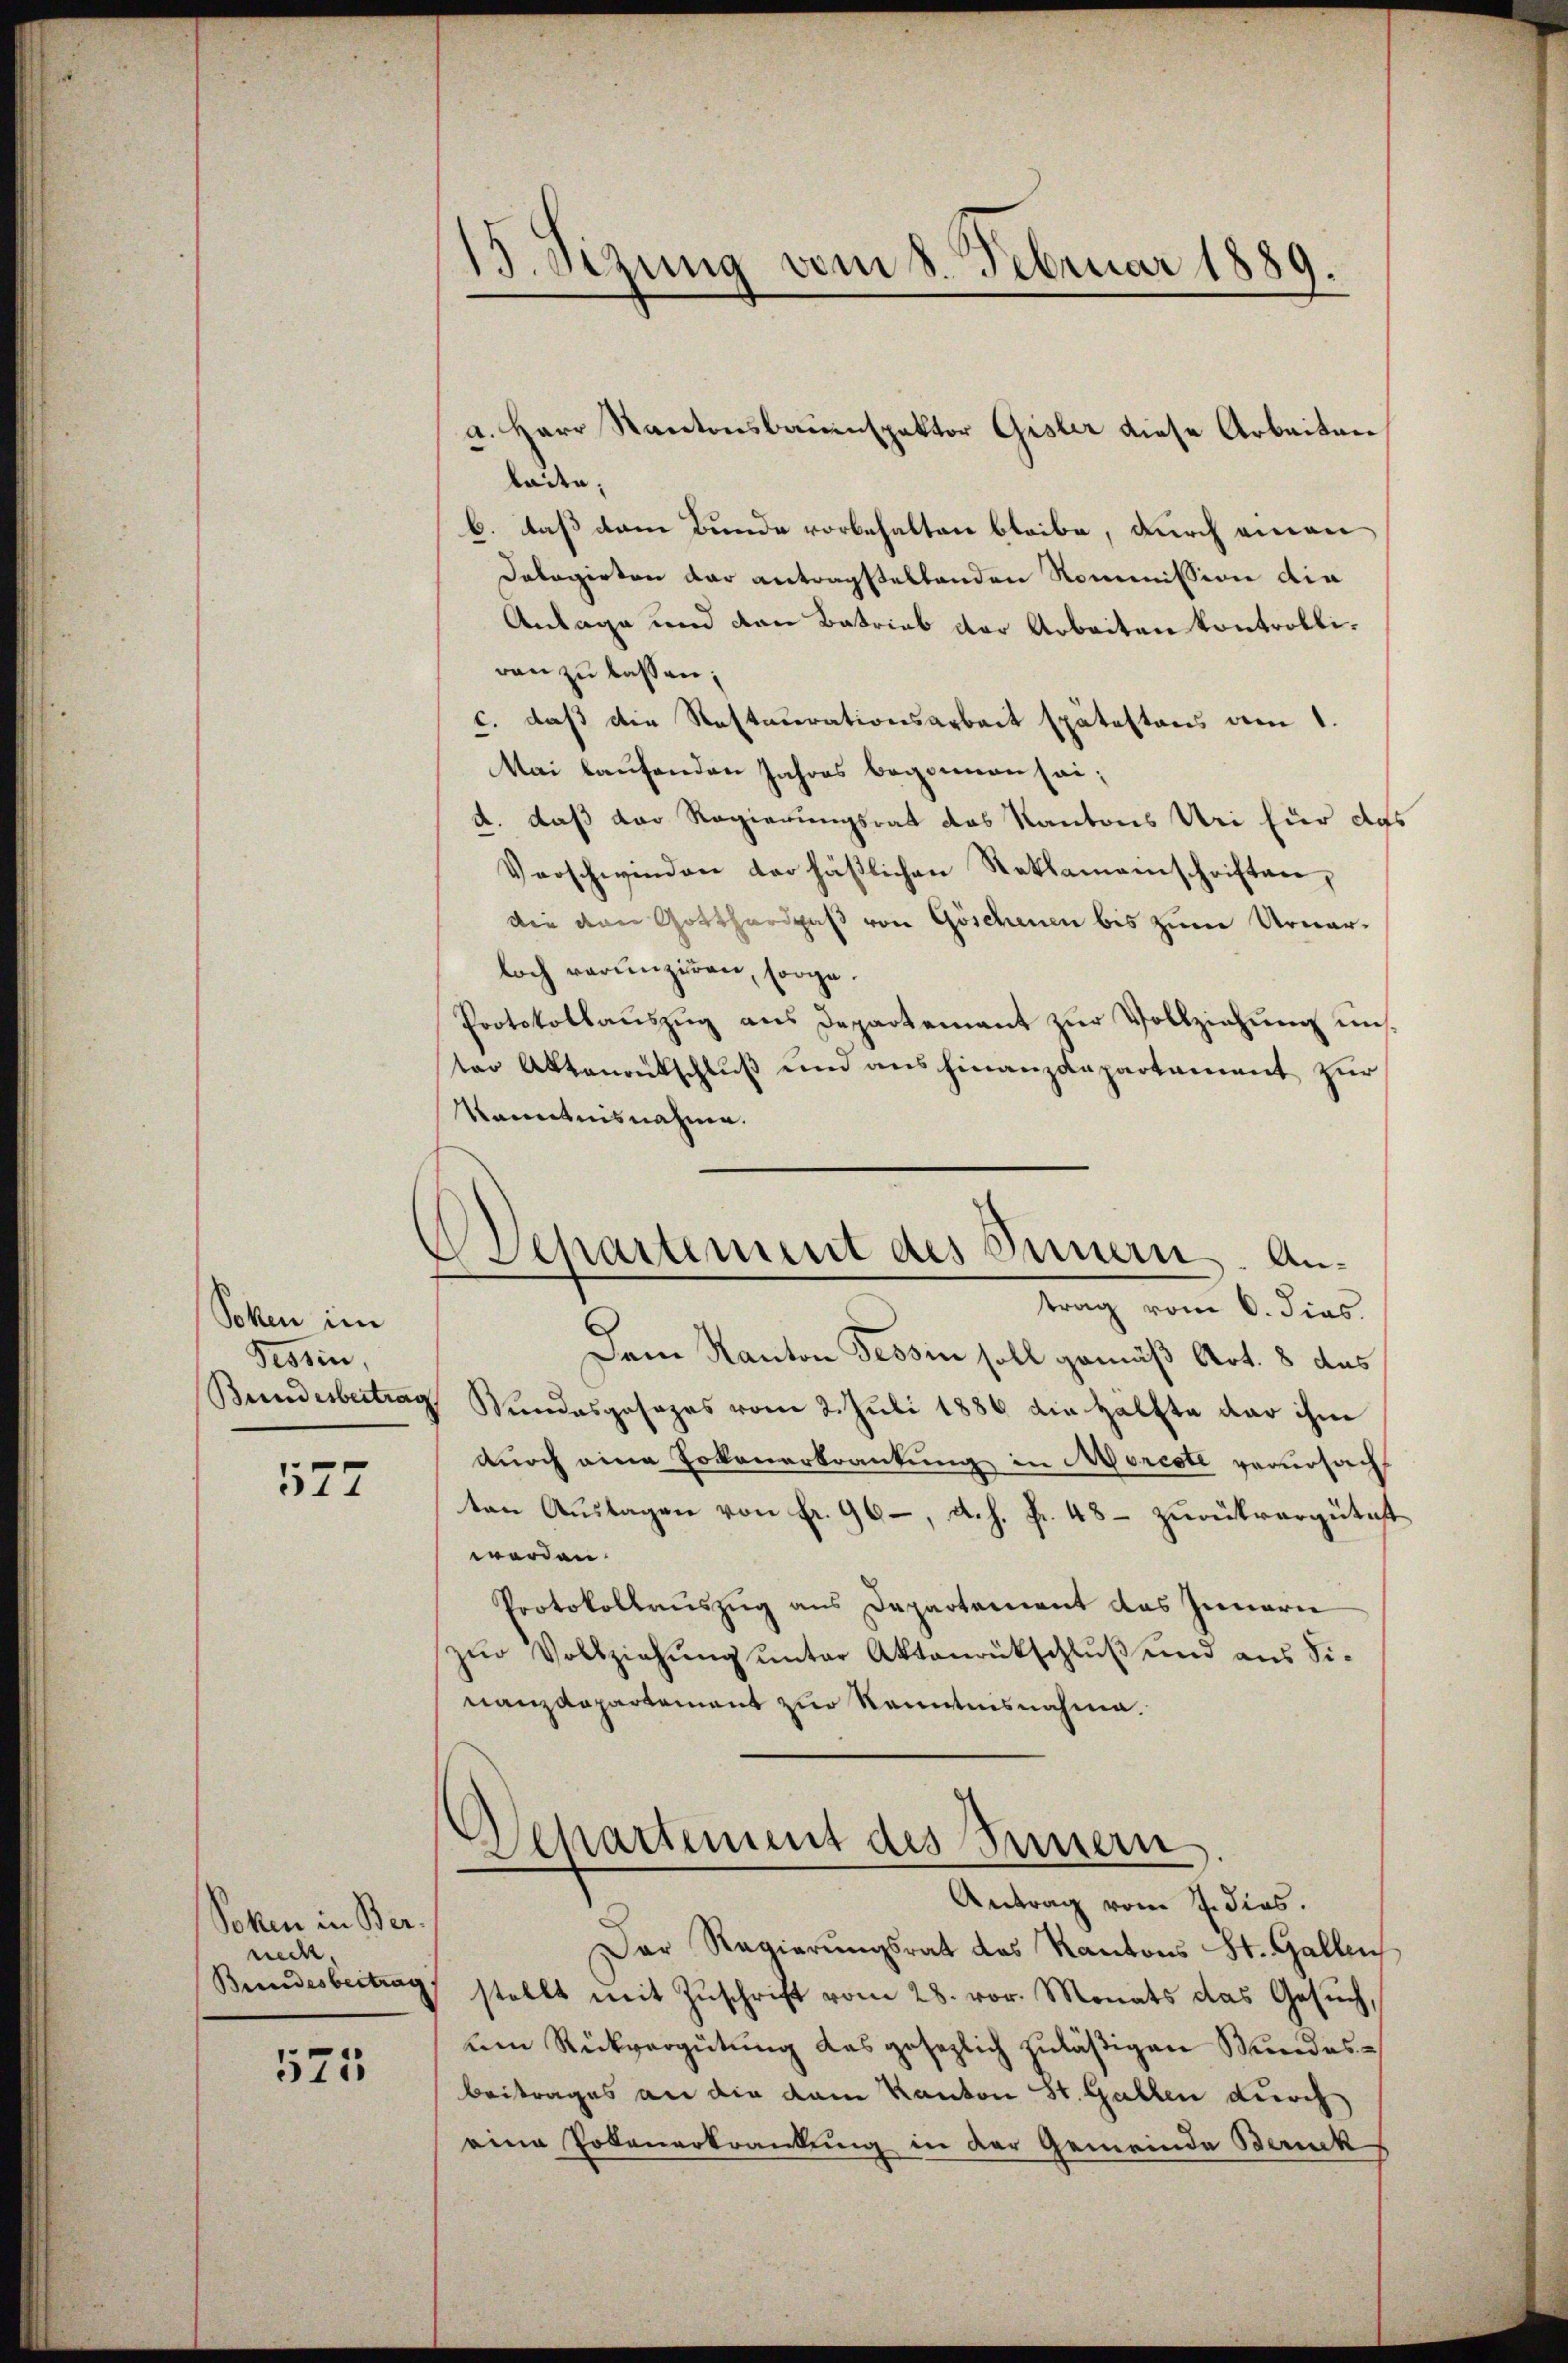
Soken im
Tessin,
Bundesbertrag

577

Soken in Ber
necht.

575

13. Sizung vom 8. Februar 1889.

laite,
b. daß dem Bunde vorbehalten bleibe, durch einen
Dalagirten dar antragstellenden Kommission die
Anlage und den Betrieb der Arbeiten kontrolliran zu lassen;
c. daß die Restaurationsarbeit spätestens am 1.
Mai laufenden Jahres begonnen sei;
a. daß der Regierungsrat das Kantons Uri für das
Verschwinden der häßlichen Rathameinschriften,
die von Gotthardpaß von Göschenen bis zum Urner-
loch verunziren, sorge.
Protokollaŭszŭg ans Departement zŭr Vollziehung uns.
ter Aktenantschluß und ausfinanzdepartement zur
Kenntnisnahme.
Departement des Innern. Antrag vom 6. dies
Dem Kanton Tessin soll gemäß Art. 8 das
Wundesgesezes vom 2. Juli 1886 die Hälfte dar ihm
durch eine Totenerkrankung in Moreste verursacht
ten Auslagen von Fr. 96, d. h. fr. 48 - zurückvergütet
werden.
Protokollauszug aus Departement des Innern
zur Vollziehung unter Aktenrückschluß und aus Sinanzdepartement zur Kenntnisnahme.

a. Herr Kantonsbauinspektor Gisler diese Arbeiten

Departement des Innern
Antrag vom 7. dies.

Der Regierungsrat des Kantons St. Gallen
Bundesbeitrag stellt mit Zŭschrift vom 28. vor. Monats das Gesŭch,
um Rückvergütung das gesezlich zuläßigen Stundesbeitrages an die dam Kanton St. Gallen durch
eine Potenerkrankung in der Gemeinde Banck